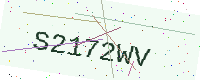
Text: S2172WV